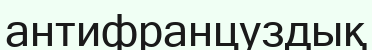
антифранцуздық